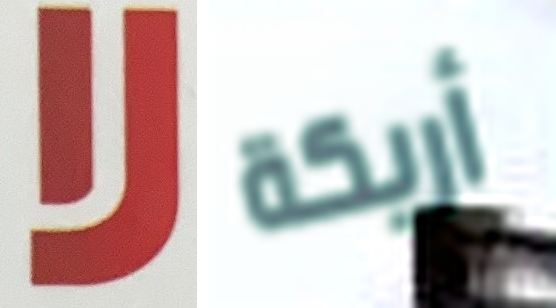
لا أريكة